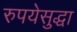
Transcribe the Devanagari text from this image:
रुपयेसुद्धा